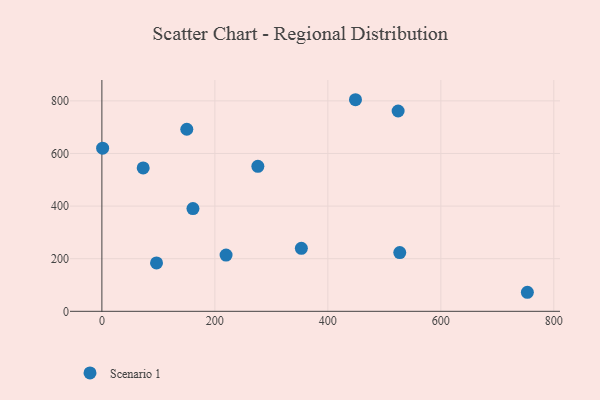
{"axis": {"x": "Ad Spend", "y": "Exam Score"}, "legend": ["Scenario 1"], "data": [{"x": "150.3", "y": 692.1, "type": "Scenario 1"}, {"x": "219.8", "y": 213.7, "type": "Scenario 1"}, {"x": "448.9", "y": 804.3, "type": "Scenario 1"}, {"x": "73.1", "y": 545.0, "type": "Scenario 1"}, {"x": "96.7", "y": 183.9, "type": "Scenario 1"}, {"x": "353.1", "y": 239.6, "type": "Scenario 1"}, {"x": "1.3", "y": 620.0, "type": "Scenario 1"}, {"x": "276.1", "y": 551.0, "type": "Scenario 1"}, {"x": "753.2", "y": 72.4, "type": "Scenario 1"}, {"x": "524.4", "y": 761.4, "type": "Scenario 1"}, {"x": "527.3", "y": 223.2, "type": "Scenario 1"}, {"x": "161.2", "y": 390.6, "type": "Scenario 1"}]}